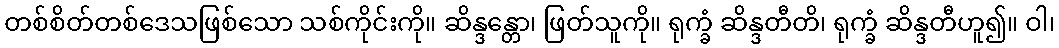
တစ်စိတ်တစ်ဒေသဖြစ်သော သစ်ကိုင်းကို။ ဆိန္ဒန္တော၊ ဖြတ်သူကို။ ရုက္ခံ ဆိန္ဒတီတိ၊ ရုက္ခံ ဆိန္ဒတီဟူ၍။ ဝါ၊